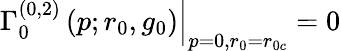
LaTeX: \left.\Gamma_{0}^{(0,2)}\left(p;r_{0},g_{0}\right)\right|_{p=0,r_{0}=r_{0{c}}}=0